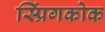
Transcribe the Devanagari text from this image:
स्प्रिंगकोक